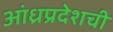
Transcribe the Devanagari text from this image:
आंध्रप्रदेशची